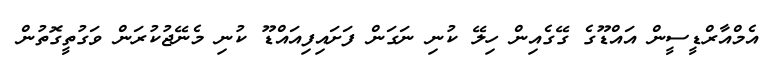
އެމްއާރްޑީސީން އައްޑޫގެ ގޭގެއިން ހިލޭ ކުނި ނަގަން ފަށައިފިއައްޑޫ ކުނި މެނޭޖުކުރަން ވަގުތީގޮތުން